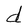
Character: d